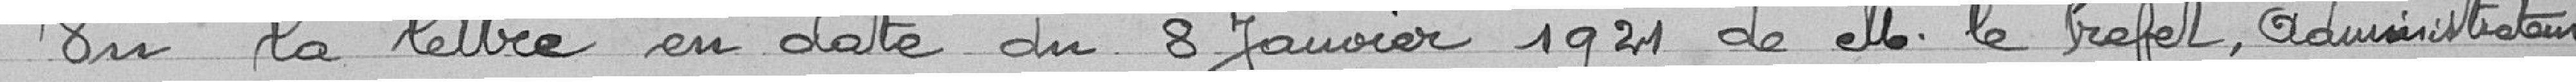
Vu la lettre en date du 8 Janvier 1921 de M. le Préfet, administrateur